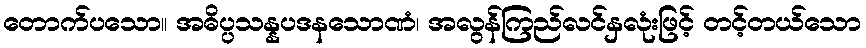
တောက်ပသော။ အဓိပ္ပသန္နပဒနသောဏံ၊ အလွန်ကြည်လင်နှလုံးဖြင့် တင့်တယ်သော